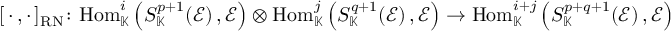
[ \, \cdot \, , \cdot \, ] _ { \mathrm { R N } } \colon \mathrm { H o m } _ { \mathbb K } ^ { i } \left( S _ { \mathbb K } ^ { p + 1 } ( \mathcal { E } ) \, , \mathcal { E } \right) \otimes \mathrm { H o m } _ { \mathbb K } ^ { j } \left( S _ { \mathbb K } ^ { q + 1 } ( \mathcal { E } ) \, , \mathcal { E } \right) \rightarrow \mathrm { H o m } _ { \mathbb K } ^ { i + j } \left( S _ { \mathbb K } ^ { p + q + 1 } ( \mathcal { E } ) \, , \mathcal { E } \right)